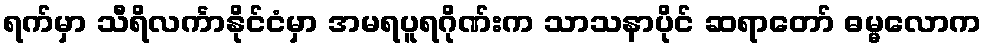
ရက်မှာ သီရိလင်္ကာနိုင်ငံမှာ အမရပူရဂိုဏ်းက သာသနာပိုင် ဆရာတော် ဓမ္မလောက